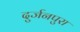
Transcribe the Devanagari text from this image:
दुर्जनपुरा